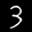
Label: 3